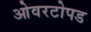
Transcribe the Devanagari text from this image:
ओवरटोपड